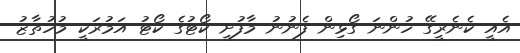
އެއީ ކެނެރީގޭ ހުންނަ ގޯޅިން ފެނުނު މާފުށީ ކޯޓުގެ ކޯޓު އަމުރަކީ މުހުތާޒު